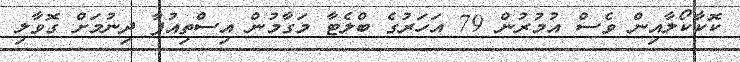
ކޮކާކޯލާއިން ވެސް އުމުރުން 79 އަހަރުގެ ބްލެޓާ މަގާމުން އިސްތިއުފާ ދިނުމަށް ގޮވާލި